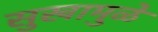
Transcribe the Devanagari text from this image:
सुखामुळे